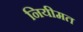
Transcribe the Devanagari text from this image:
नियीमत